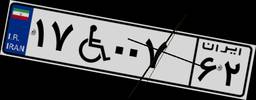
۱۷W۰۰۷۶۲